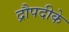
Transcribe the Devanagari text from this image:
द्रौपदीके